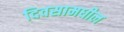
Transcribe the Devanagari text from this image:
दिवसामधील